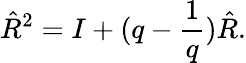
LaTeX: \hat{R}^{2}=I+(q-\frac{1}{q})\hat{R}.